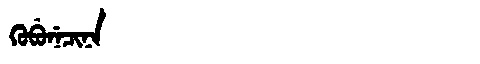
Manchu: ᡴᡠᠪᡠᠨᡝᠴᡳᠨᠠ
Romanization: KUBUNECINA